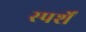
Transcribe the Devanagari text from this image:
स्पर्शें